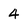
Character: 4